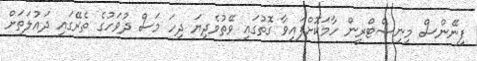
ފިނޭންސް މިނިސްޓްރީން ހާމަކޮށްފައިވާ ގޮތުގައި ވޭތުވެދިޔަ ދިހަ މަސް ދުވަހުގެ ތެރޭގައި ދައުލަތަށް